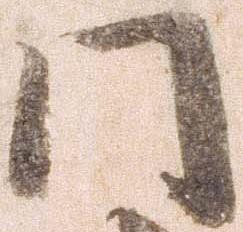
門